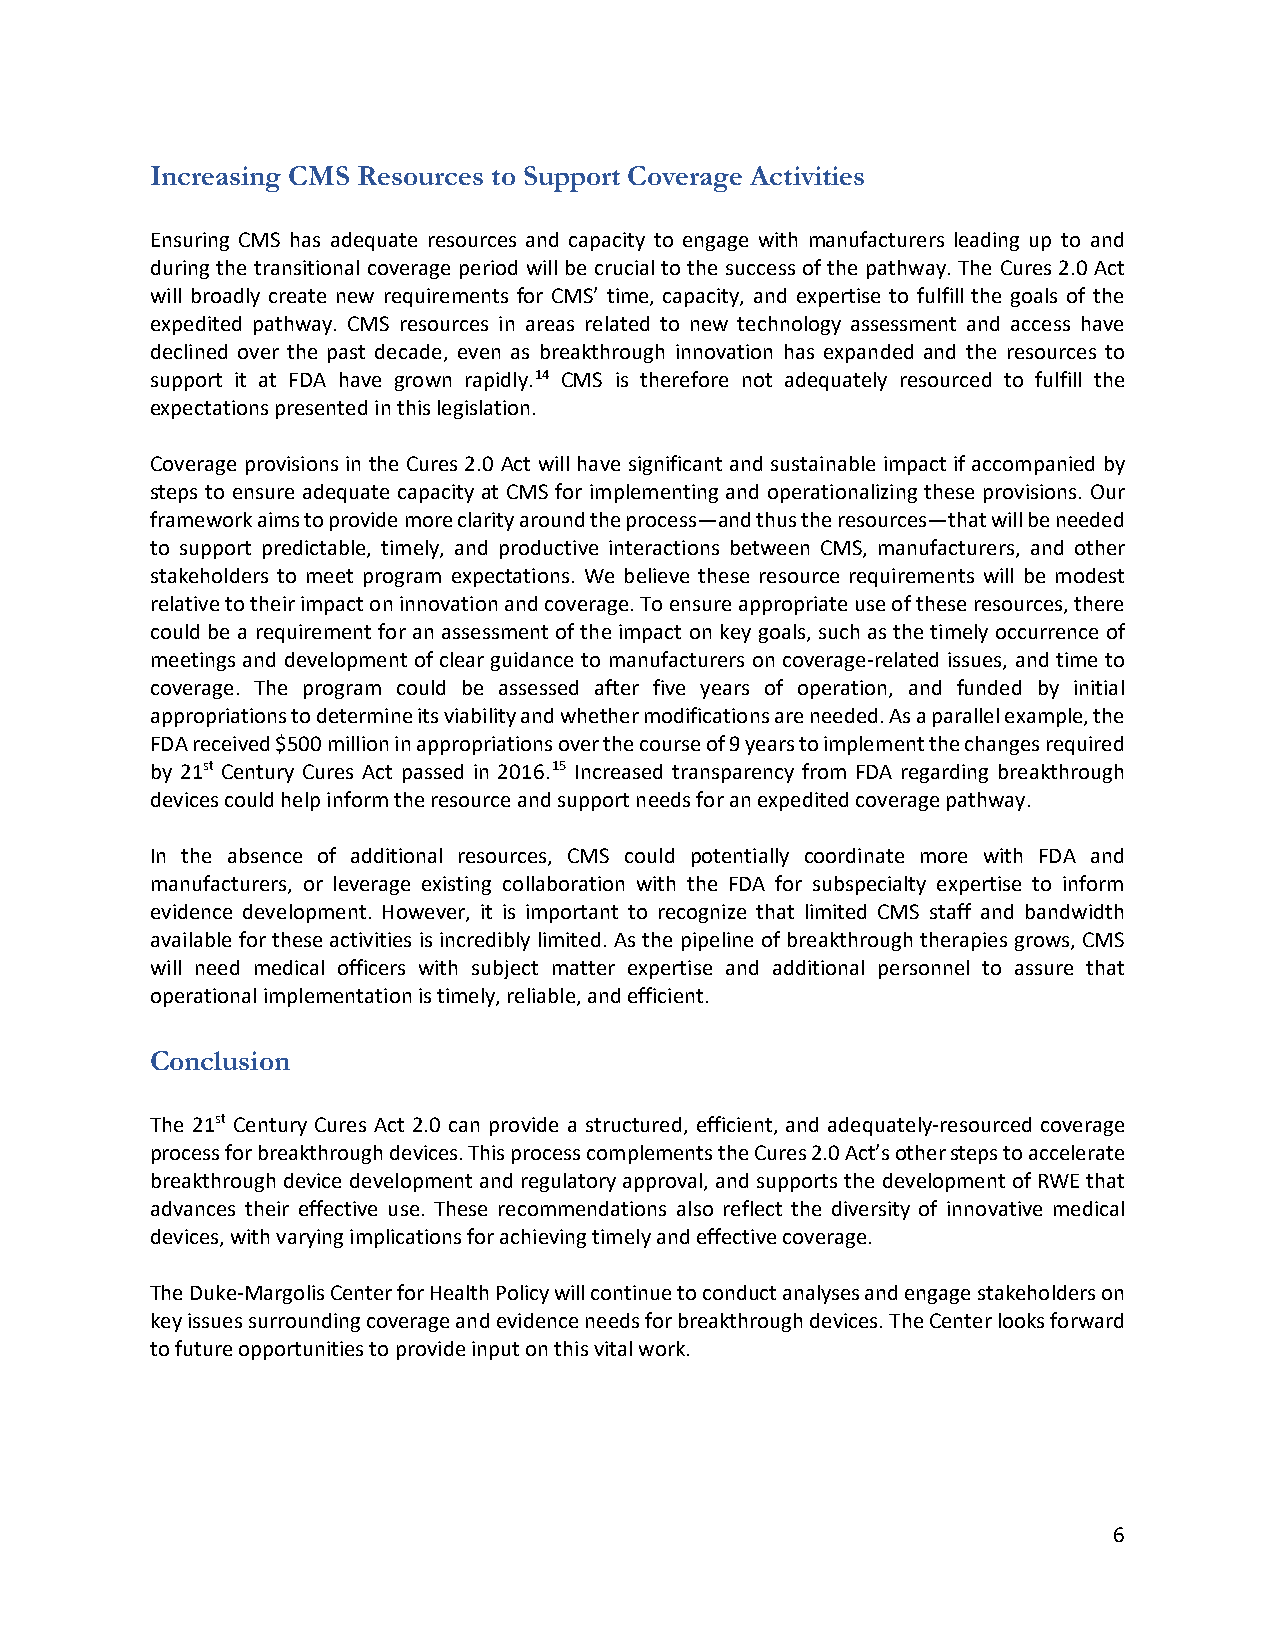
Increasing CMS Resources to Support Coverage Activities
 Ensuring CMS has adequate resources and capacity to engage with manufacturers leading up to and
 during the transitional coverage period will be crucial to the success of the pathway. The Cures 2.0 Act
 will broadly create new requirements for CMS’ time, capacity, and expertise to fulfill the goals of the
 expedited pathway. CMS resources in areas related to new technology assessment and access have
 declined over the past decade, even as breakthrough innovation has expanded and the resources to
 support it at FDA have grown rapidly.14 CMS is therefore not adequately resourced to fulfill the
 expectations presented in this legislation.
 Coverage provisions in the Cures 2.0 Act will have significant and sustainable impact if accompanied by
 steps to ensure adequate capacity at CMS for implementing and operationalizing these provisions. Our
 framework aims to provide more clarity around the process—and thus the resources—that will be needed
 to support predictable, timely, and productive interactions between CMS, manufacturers, and other
 stakeholders to meet program expectations. We believe these resource requirements will be modest
 relative to their impact on innovation and coverage. To ensure appropriate use of these resources, there
 could be a requirement for an assessment of the impact on key goals, such as the timely occurrence of
 meetings and development of clear guidance to manufacturers on coverage-related issues, and time to
 coverage. The program could be assessed after five years of operation, and funded by initial
 appropriations to determine its viability and whether modifications are needed. As a parallel example, the
 FDA received $500 million in appropriations over the course of 9 years to implement the changes required
 by 21st Century Cures Act passed in 2016.15 Increased transparency from FDA regarding breakthrough
 devices could help inform the resource and support needs for an expedited coverage pathway.
 In the absence of additional resources, CMS could potentially coordinate more with FDA and
 manufacturers, or leverage existing collaboration with the FDA for subspecialty expertise to inform
 evidence development. However, it is important to recognize that limited CMS staff and bandwidth
 available for these activities is incredibly limited. As the pipeline of breakthrough therapies grows, CMS
 will need medical officers with subject matter expertise and additional personnel to assure that
 operational implementation is timely, reliable, and efficient.
 Conclusion
 The 21st Century Cures Act 2.0 can provide a structured, efficient, and adequately-resourced coverage
 process for breakthrough devices. This process complements the Cures 2.0 Act’s other steps to accelerate
 breakthrough device development and regulatory approval, and supports the development of RWE that
 advances their effective use. These recommendations also reflect the diversity of innovative medical
 devices, with varying implications for achieving timely and effective coverage.
 The Duke-Margolis Center for Health Policy will continue to conduct analyses and engage stakeholders on
 key issues surrounding coverage and evidence needs for breakthrough devices. The Center looks forward
 to future opportunities to provide input on this vital work.
 6